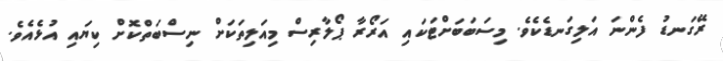
ރޭގަނޑު ފެންނަ އަލިގަނޑެކެވެ. މިސަބަބަށްޓަކައި އަރޯރާ ޕޯލާރިސް މިއަލިތަކަށް ނިސްބަތްކޮށް ކިޔައި އުޅެއެވެ.